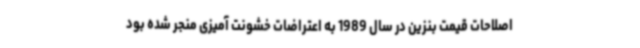
اصلاحات قیمت بنزین در سال 1989 به اعتراضات خشونت آمیزی منجر شده بود